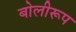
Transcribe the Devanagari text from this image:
बोलीरूप